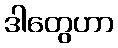
ဒါတွေဟာ